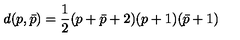
d ( p , \bar { p } ) = { \frac { 1 } { 2 } } ( p + \bar { p } + 2 ) ( p + 1 ) ( \bar { p } + 1 )